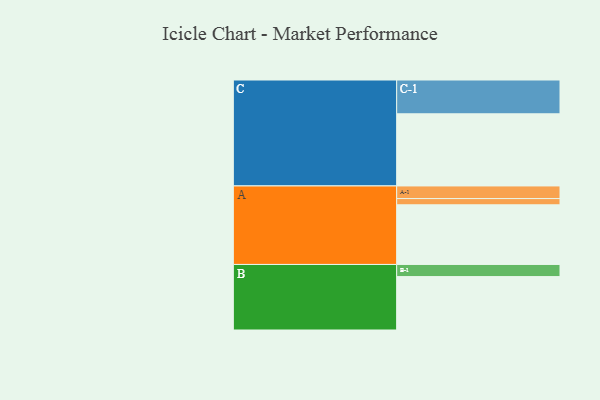
{"axis": {"x": "Segment", "y": "Value"}, "legend": ["", "A", "B", "C"], "data": [{"x": "A", "y": 487, "type": ""}, {"x": "B", "y": 436, "type": ""}, {"x": "C", "y": 589, "type": ""}, {"x": "A-1", "y": 103, "type": "A"}, {"x": "A-2", "y": 51, "type": "A"}, {"x": "B-1", "y": 99, "type": "B"}, {"x": "C-1", "y": 276, "type": "C"}]}